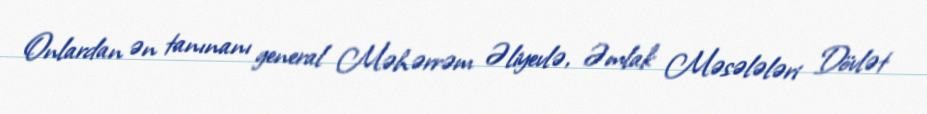
Onlardan ən tanınanı general Məhərrəm Əliyevlə, Əmlak Məsələləri Dövlət